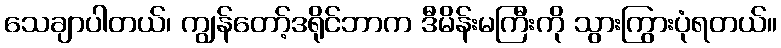
သေချာပါတယ်၊ ကျွန်တော့်ဒရိုင်ဘာက ဒီမိန်းမကြီးကို သွားကြွားပုံရတယ်။